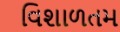
વિશાળતમ